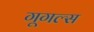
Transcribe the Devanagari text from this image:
गूगल्स